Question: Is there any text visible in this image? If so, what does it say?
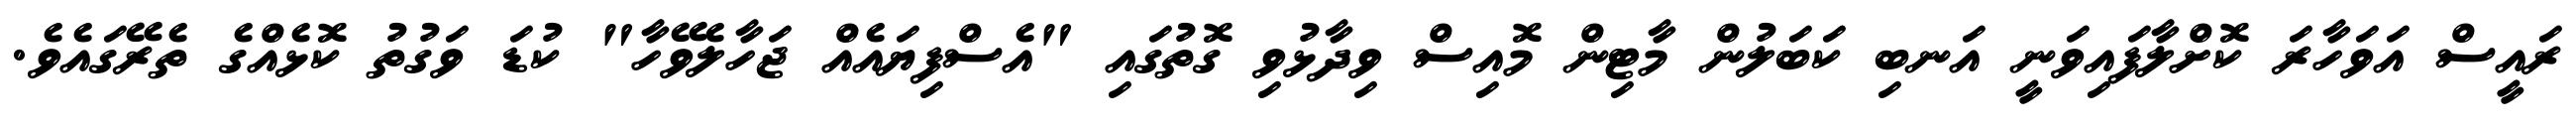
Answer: ރައީސް އަވަހާރަ ކޮށްލާފައިވަނީ އަނބި ކަބަލުން މާޓިން މޮއިސް ވިދާޅުވި ގޮތުގައި "އެސްފިޔައެއް ޖަހާލެވޭހާ" ކުޑަ ވަގުތު ކޮޅެއްގެ ތެރޭގައެވެ.